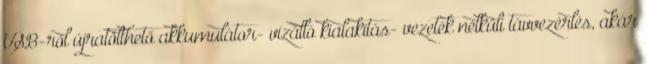
USB-ről újratölthető akkumulátor- vízálló kialakítás- vezeték nélküli távvezérlés, akár